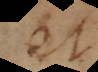
et